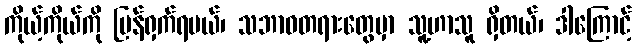
ကိုယ့်ကိုယ်ကို ပြန်ရှက်ရမယ်၊ သဘာဝတရားတွေမှာ သူ့ဟာသူ ရှိတယ်၊ ဒါကြောင့်